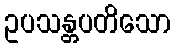
ဥပသန္တပတိသော